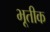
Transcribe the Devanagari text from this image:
भूतीक